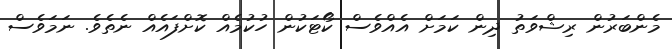
މެންބަރުން ރިޝްވަތު ދިން ކަމަށް އެއްވެސް ކޯޓަކުން ހުކުމެއް ކޮށްފައެއް ނެތެވެ. ނަމަވެސް